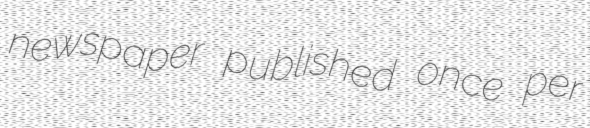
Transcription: newspaper published once per